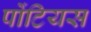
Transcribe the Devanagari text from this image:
पोंटियस